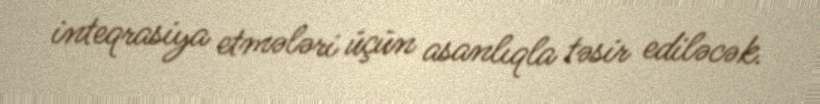
inteqrasiya etmələri üçün asanlıqla təsir ediləcək.